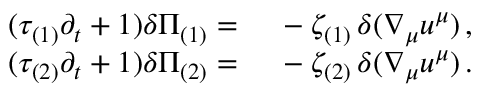
\begin{array} { r l } { ( \tau _ { ( 1 ) } \partial _ { t } + 1 ) \delta \Pi _ { ( 1 ) } = { } } & { { } - \zeta _ { ( 1 ) } \, \delta ( \nabla _ { \mu } u ^ { \mu } ) \, , } \\ { ( \tau _ { ( 2 ) } \partial _ { t } + 1 ) \delta \Pi _ { ( 2 ) } = { } } & { { } - \zeta _ { ( 2 ) } \, \delta ( \nabla _ { \mu } u ^ { \mu } ) \, . } \end{array}